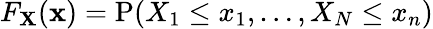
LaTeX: F_{\mathbf{X}}(\mathbf{x})=\operatorname{P}(X_{1}\leq x_{1},\ldots,X_{N}\leq x_{n})